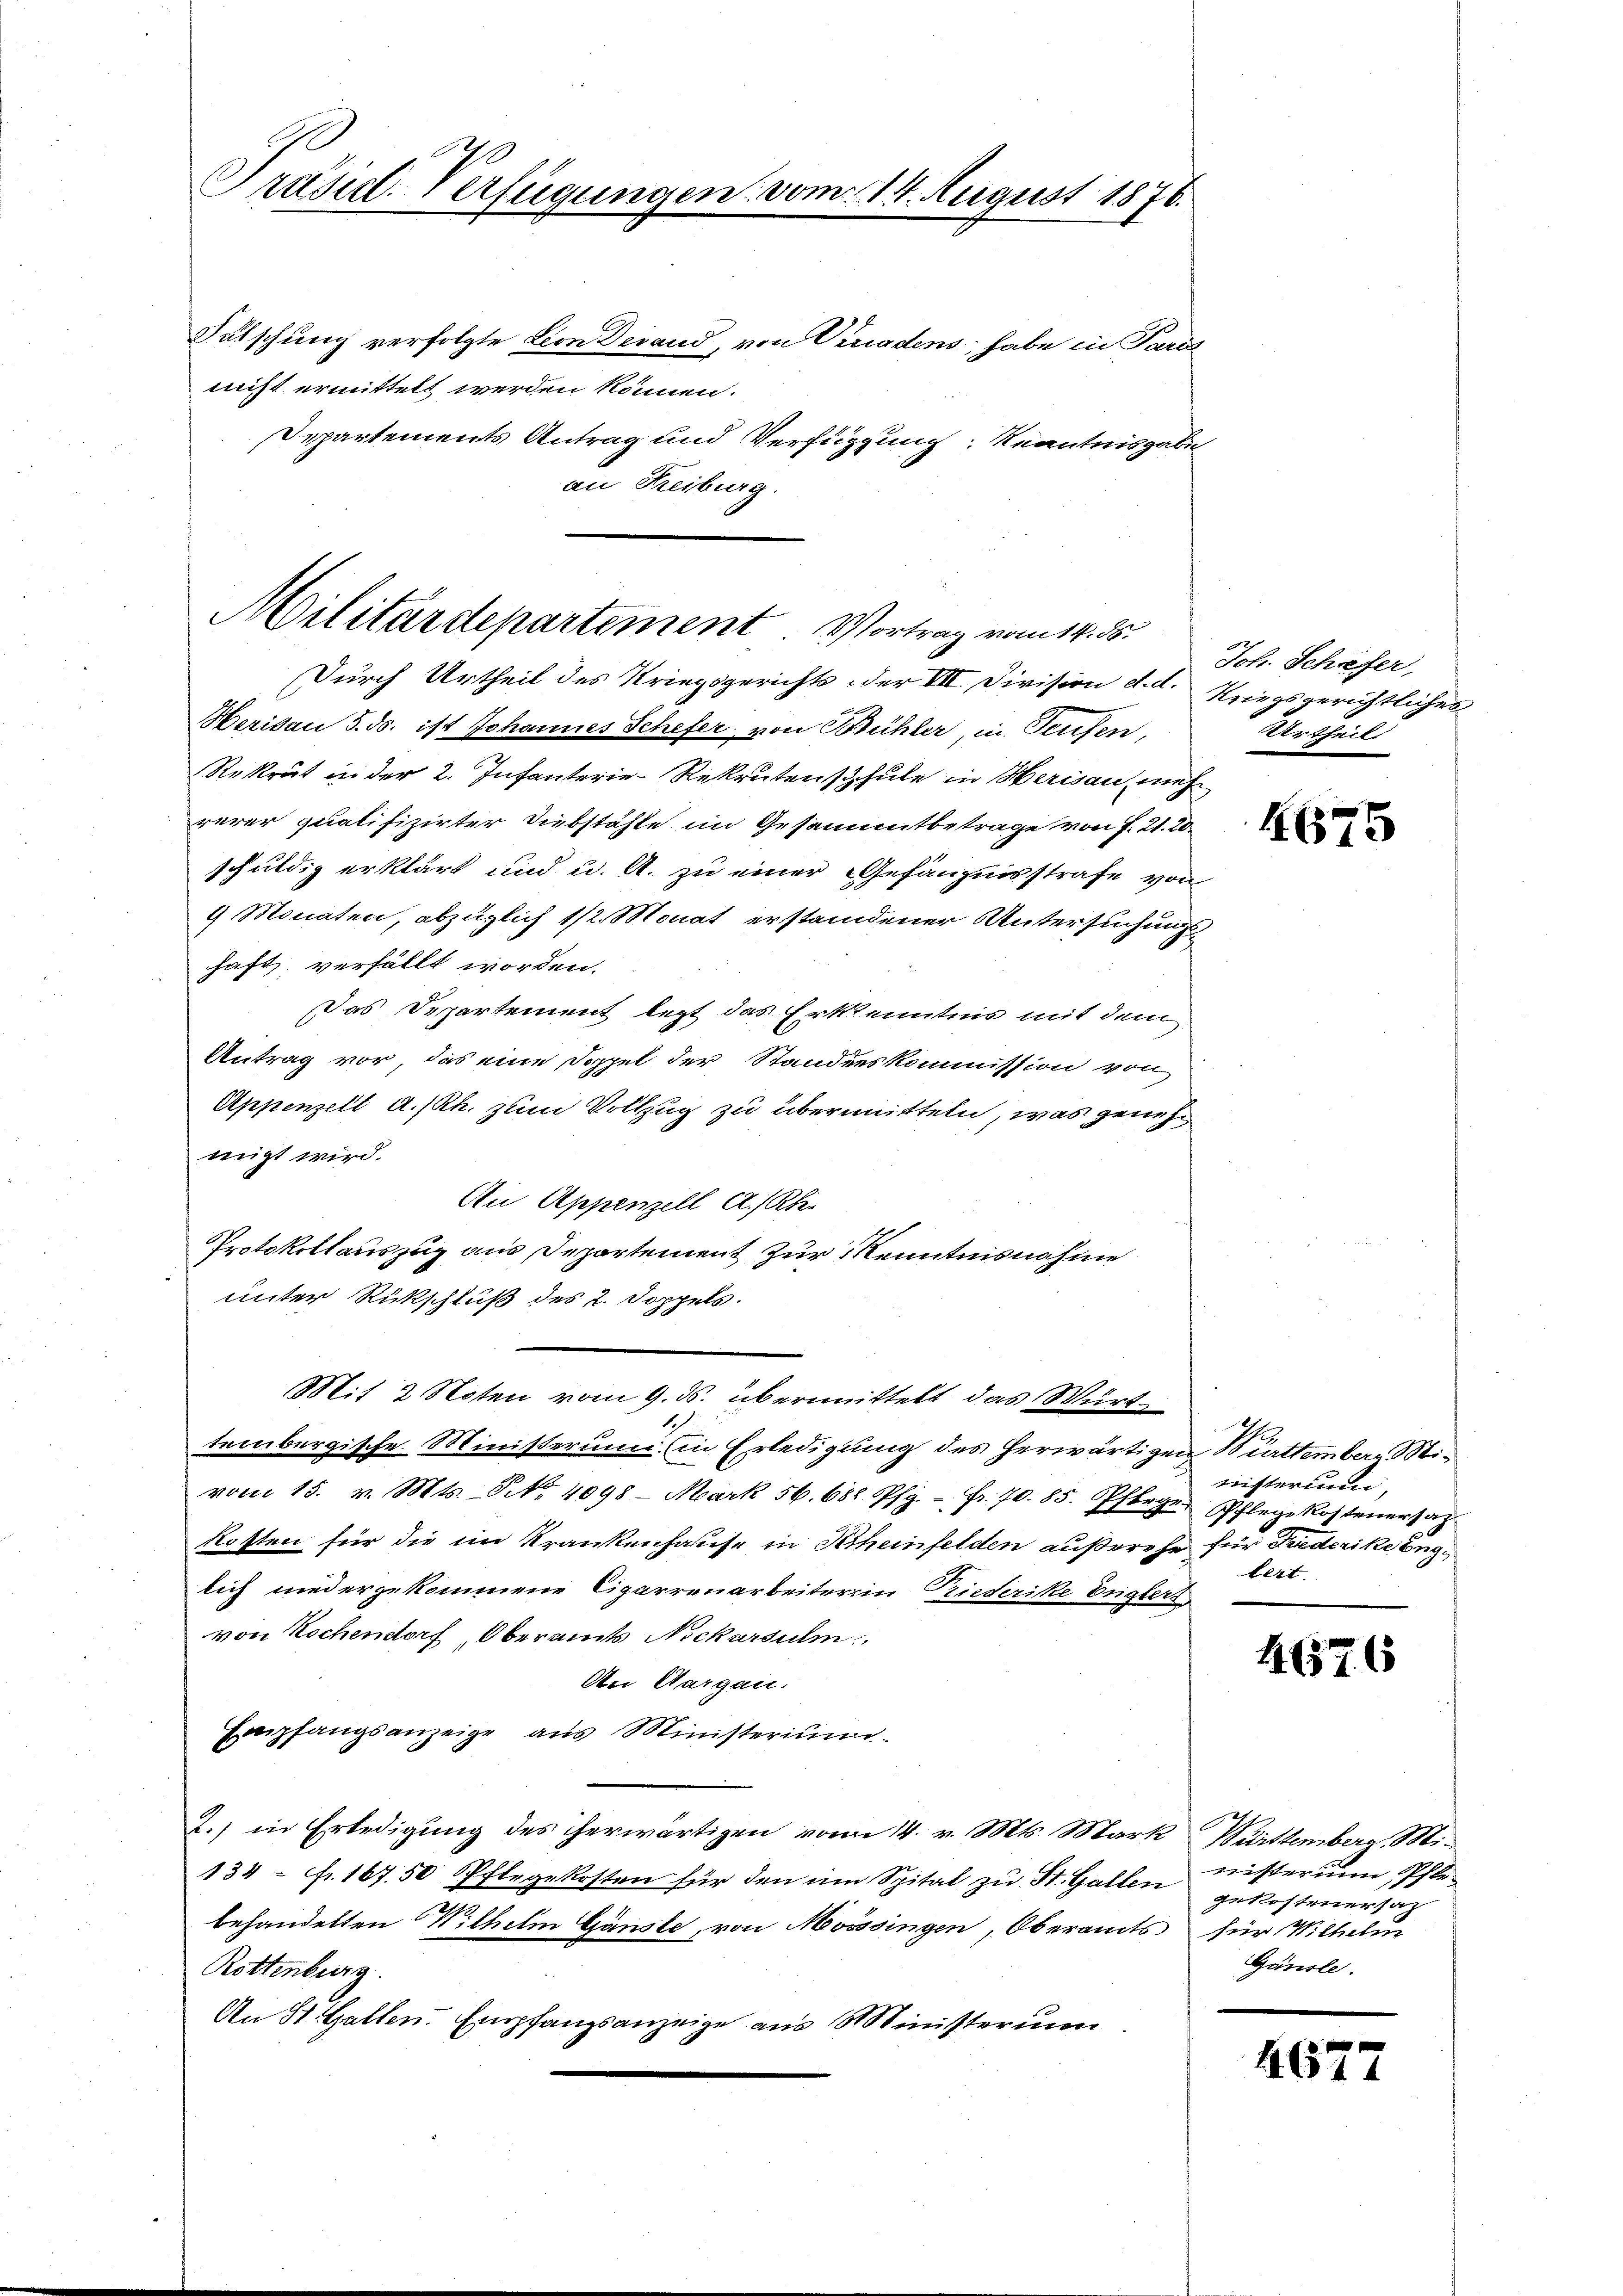
Präsid. Verfügungen

Futschung verfolgte Lion derand, von Verradens, habe in Pari
nicht ermittelt werden können.
separtements Antrag und Verfügung Kenntnisgabe
an Freiburg.

Militärdepartement Vortrag vom 14. ds.

Durch Urtheil des Kriegsgerichts der VII. Division d. d. Kriegsgerichtliches
Meriken 5. ds. ist Johannes Schefer, von Brühler, in Teufen,
Rekrut in der 2. Infanterie-Rekrutensschule in Herisau, mehr
rerer qualifizirter Diebstähle im Gesammtbetrage von f. 21. 20
schuldig erklärt und u. A. zu einer Gefängnisstrafe von
9 Monaten, abzüglich 1/2 Monat erstandener Untersuchungs
haft; verfällt worden.
Das Departement legt das Erkenntnis mit dem
Antrag vor, das eine Doppel der Standeskommission von
Appenzell A.-Rh. zum Vollzug zu übermitteln, was genehwigt wird.
An Appenzell A/Rhie
Protokollauszug aus Departement zur Kenntnisnahme
unter Rückschluß des 2. Doppels.
Mit 2 Noten vom 9. ds. übermittelt das Würt¬
E
tembergische Ministerum (in Erledigung des herwärtigen Burttember Mivom 15. v. Mts. No. 4098 - Mark 56. 682 Pfg. - Fr. 70. 85. Pflege Pflegekostenersatz
Kosten für die im Krankenhause in Scheinfelden außerehe für Friederike Engi
lich niederzukommene Cigarrenarbeiterein Priederike Englers
von Kochendorf, Oberamts Nickarsulm
An Aargau.
Empfangsanzeige aus Ministerium
2.) in Erledigung des herwärtigen vom 14. v. Mts. Mark Württemberg, Mi¬
134 fr. 167. 50 Pflegekosten für den im Spital zu St. Gallen
behandelten Wilhelm Ganste, von Möössingen, Oberamts für Wilhelm
Rottenburg.
An St. Gallen. Empfangsanzeige aus Ministerium

vom 14. August 1876.

Joh. Schäfer,
Urtheil

4675

nisterium,
lert.

46576

nisterium Pfle-
gekostenersatz
Gänsle.

467.